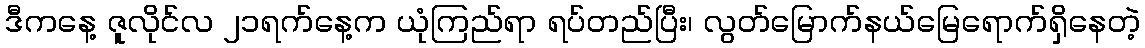
ဒီကနေ့ ဇူလိုင်လ ၂၁ရက်နေ့က ယုံကြည်ရာ ရပ်တည်ပြီး၊ လွတ်မြောက်နယ်မြေရောက်ရှိနေတဲ့